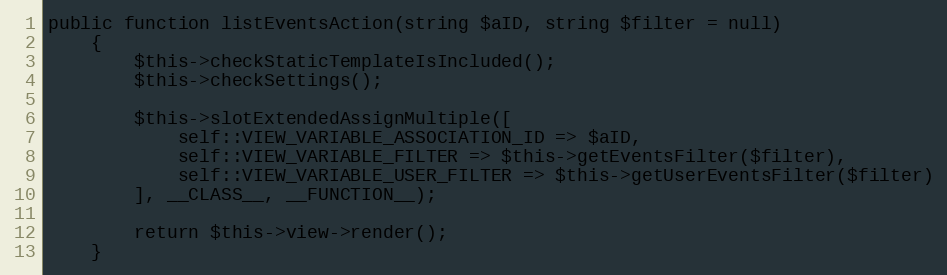
Language: PHP
public function listEventsAction(string $aID, string $filter = null)
    {
        $this->checkStaticTemplateIsIncluded();
        $this->checkSettings();

        $this->slotExtendedAssignMultiple([
            self::VIEW_VARIABLE_ASSOCIATION_ID => $aID,
            self::VIEW_VARIABLE_FILTER => $this->getEventsFilter($filter),
            self::VIEW_VARIABLE_USER_FILTER => $this->getUserEventsFilter($filter)
        ], __CLASS__, __FUNCTION__);

        return $this->view->render();
    }